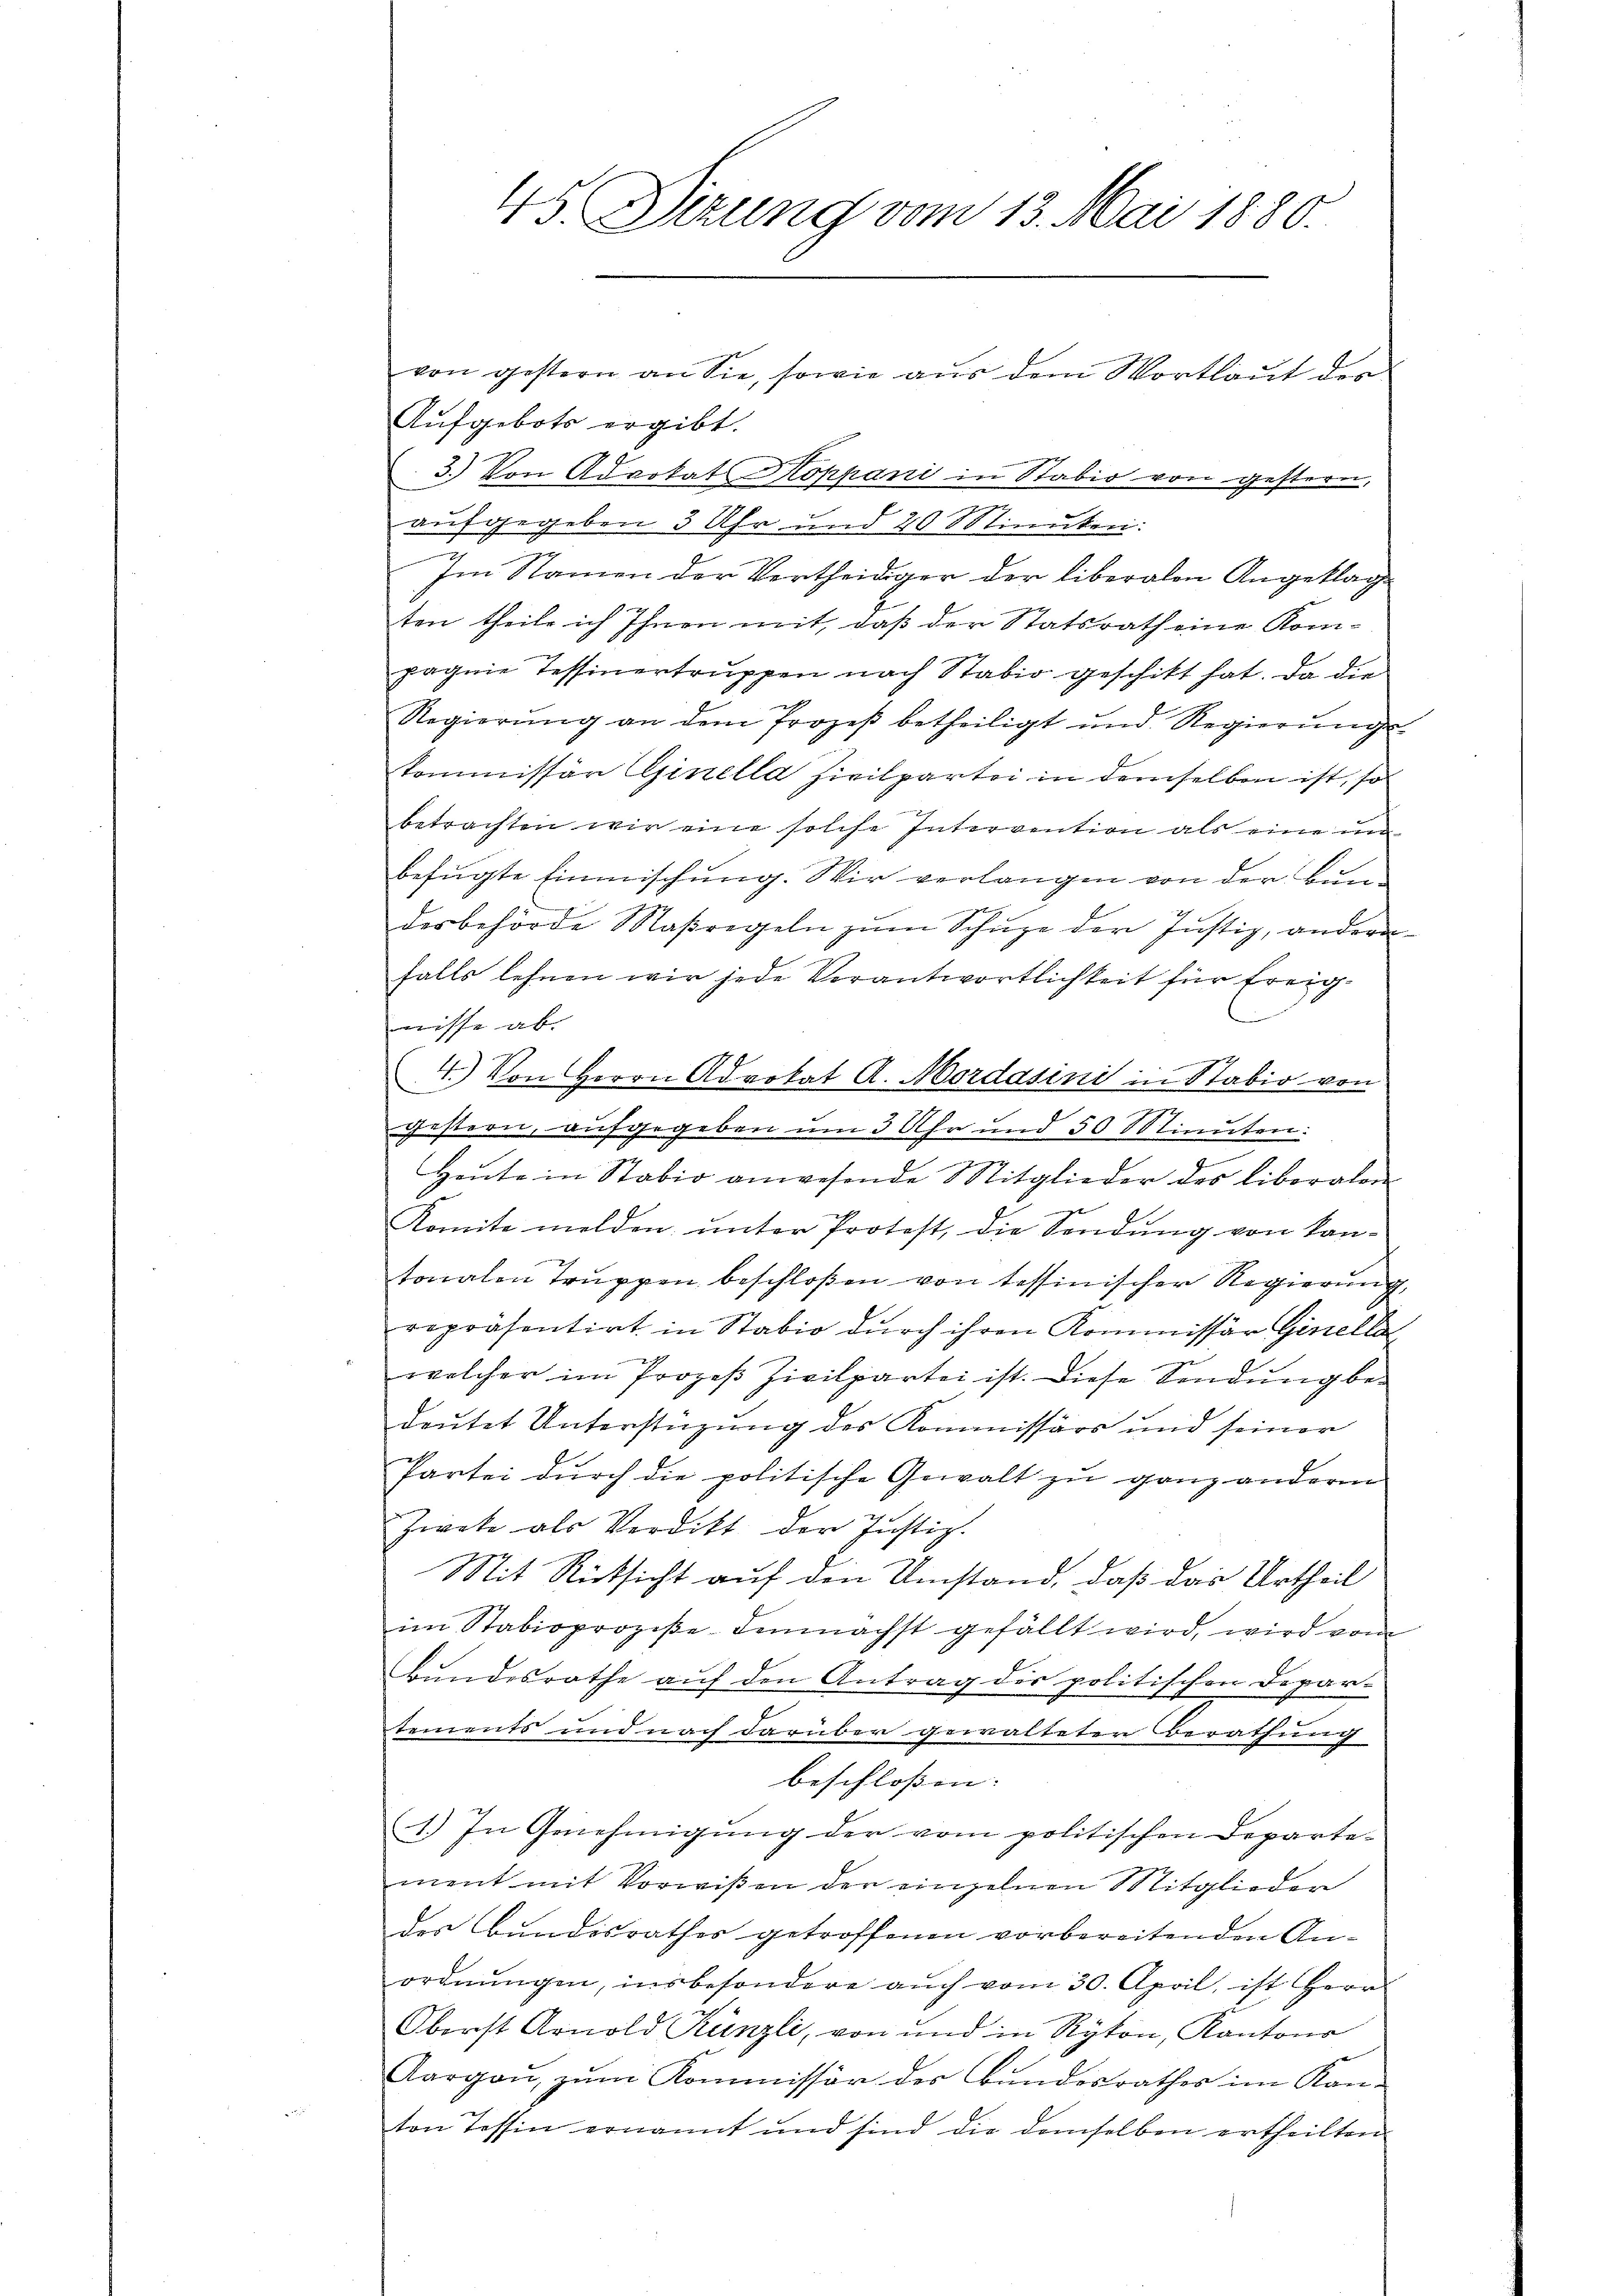
45. Dirung vom 13. Mai 1880.

Aufgebote ergibt.
3.) Von Advokat Koppani in Stabio von gestern,
aufgegeben 3 Uhr und 20 Minuten:
Im Namen der Vertheidiger der liberalen Angeklag
ten theile ich Ihnen mit, daß der Statsrath eine Kompagnie Tessinertruppen nach Stadio geschikt hat. Da die
Regierung an dem Prozeß betheiligt und Regierungs-
kommissär Ginella Zivilpartei in demselben ist, so
betrachten wir eine solche Intervention als eine un
befügte Einmischung. Wir verlangen von der Bunderbehörde Maßregeln zum Schuze der Justiz, andern
falls lehnen wir jede Verantwortlichkeit für freignisse ab.
4.) Von Herrn Advokat A. Mordasini in Stabio von

gestern, aufgegeben um 3 Uhr und 50 Minuten:
Heute in Stabio anwesende Mitglieder des liberalen
Komite melden, ŭnter Protest, die Sendung von kan-
tonalen Truppen beschloßen von tessinischer Regierung,
repräsentirt in Stabio durch ihren Kommissär Ginellar
welcher im Prozeß Zivilpartei ist. Diese Sendung be-
deutet Unterstüzung des Kommissärs und seiner
Partei dŭrch die politische Gewalt zŭ ganz anderen
Zwote als Verdikt der Justiz.
Mit Rücksicht auf den Umstand, daß das Urtheil
im Stabioprozeße demnächst gefällt wird, wird vom
Bundesrathe auf den Antrag des politischen Depar-
tements und nach darüber gewalteter Berathung
beschloßen:
1.) In Genehmigung der vom politischen Departe-
ment mit Vorwißen der einzelnen Mitglieder
des Bundesrathes getroffenen vorbereitenden Anordnungen, insbesondere auch vom 30. April, ist Herr
Oberst Arnold Künzli, von und in Rykon, Kantons
Aargaŭ, zŭm Kommissär der Bŭndesrathes im Kan-
ton Tessin ernannt und sind die demselben ertheilten

von gestern an Sie, sowie aŭs dem Wortlaut des